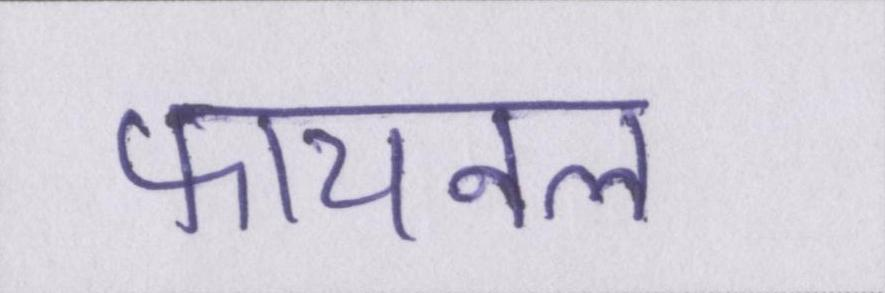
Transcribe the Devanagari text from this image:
फायनल